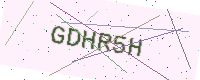
Text: GDHR5H